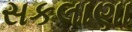
સકલાણા